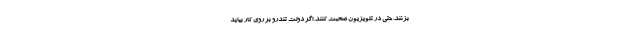
بزنند. حتی در تلویزیون صحبت کنند. اگر دولت تندرو بر روی کار بیاید